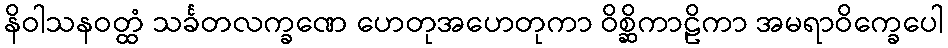
နိဝါသနဝတ္ထံ သင်္ခတလက္ခဏေ ဟေတုအဟေတုကာ ဝိစ္ဆိကာဠိကာ အမရာဝိက္ခေပေါ